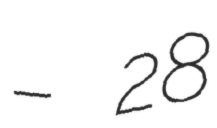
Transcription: – 28